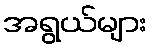
အရွယ်များ